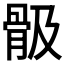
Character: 𩨞